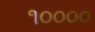
૧૦૦૦૦